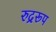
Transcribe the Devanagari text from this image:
रुद्ररूप